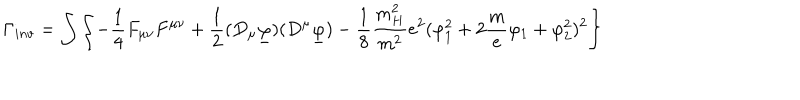
\Gamma _ { i n v } = \int \left\{ - \frac { 1 } { 4 } F _ { \mu \nu } F ^ { \mu \nu } + \frac { 1 } { 2 } ( D _ { \mu } \underline { { \varphi } } ) ( D ^ { \mu } \underline { { \varphi } } ) - \frac { 1 } { 8 } \frac { m _ { H } ^ { 2 } } { m ^ { 2 } } e ^ { 2 } ( \varphi _ { 1 } ^ { 2 } + 2 \frac m e \varphi _ { 1 } + \varphi _ { 2 } ^ { 2 } ) ^ { 2 } \right\}